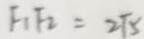
F _ { 1 } F _ { 2 } = 2 \sqrt { 5 }